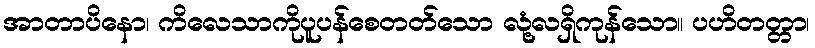
အာတာပိနော၊ ကိလေသာကိုပူပန်စေတတ်သော လုံ့လရှိကုန်သော။ ပဟိတတ္တာ၊